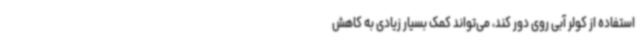
استفاده از کولر آبی روی دور کند، می‌تواند کمک بسیار زیادی به کاهش